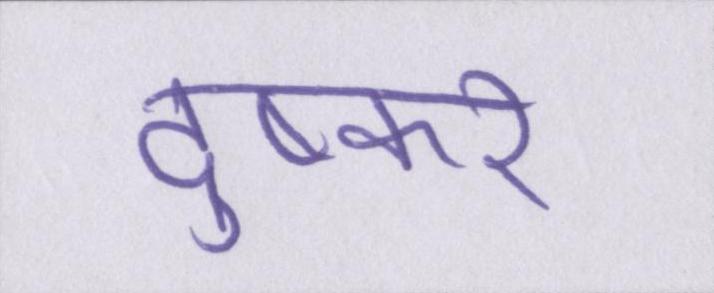
दुष्कर